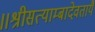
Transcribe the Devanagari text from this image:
॥श्रीसत्याम्बादेवतायै